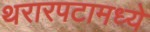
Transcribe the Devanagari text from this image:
थरारपटामध्ये